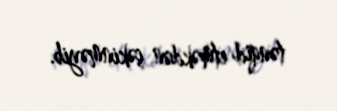
tənqid etməkdən çəkinməyib.